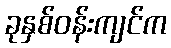
ခုနှစ်ဝန်းကျင်က